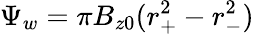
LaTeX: \Psi_{w}=\pi B_{z0}(r_{+}^{2}-r_{-}^{2})